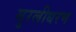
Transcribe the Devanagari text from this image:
मुरलीधरण